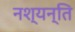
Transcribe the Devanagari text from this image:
नश्यन्ति